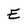
Character: E